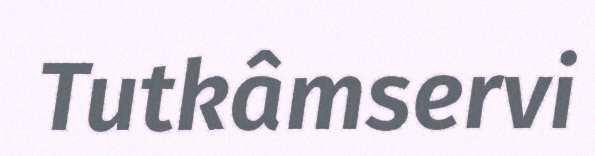
Tutkâmservi